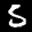
Label: 5